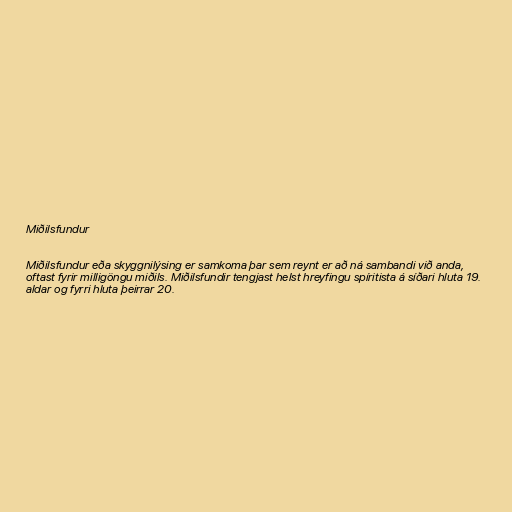
Miðilsfundur

Miðilsfundur eða skyggnilýsing er samkoma þar sem reynt er að ná sambandi við anda,
oftast fyrir milligöngu miðils. Miðilsfundir tengjast helst hreyfingu spíritista á síðari hluta 19.
aldar og fyrri hluta þeirrar 20.